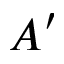
A ^ { \prime }